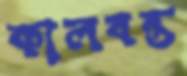
কালবন্ত